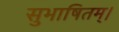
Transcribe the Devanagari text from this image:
सुभाषितम्।